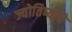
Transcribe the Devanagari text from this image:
ज्योतिष्याचे